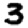
Digit: 3